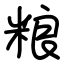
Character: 粮